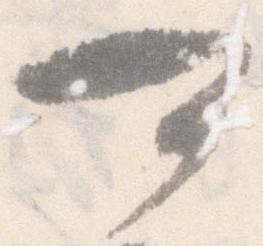
可